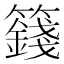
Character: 籛